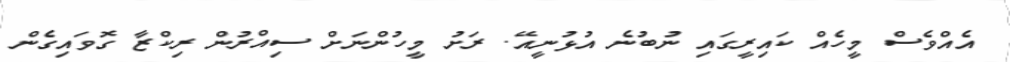
އެއްވެސް މީހެއް ކައިރީގައި ނުބުނެ އުޅުނީއޭ. ރަށު މީހުންނަށް ސިއްރުން ރިކްޒާ ގޮވައިގެން